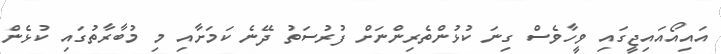
އައިއޯއައިޖީގައި ވީހާވެސް ގިނަ ކުޅުންތެރިންނަށް ފުރުސަތު ދޭނެ ކަމަށާއި މި މުބާރާތުގައި ކުޅެން